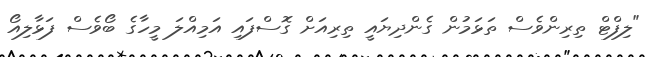
"ލިފްޓް ތިރިންވެސް ތަޅަމުން ގެންދިޔައީ ތިރިއަށް ގޮސްފައި އަމިއްލަ މީހާގެ ބޯވެސް ފަޅާލިއޯ